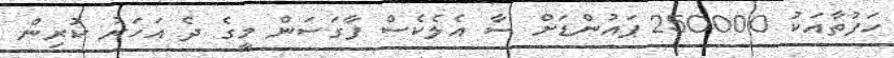
ހަފުތާއަކު 250000 ޕައުންޑަށް ސާ އެލެކެސް ފާގަސަން މީގެ ދެ އަހަރު ކުރިން